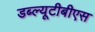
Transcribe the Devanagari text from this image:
डब्ल्यूटीबीएस